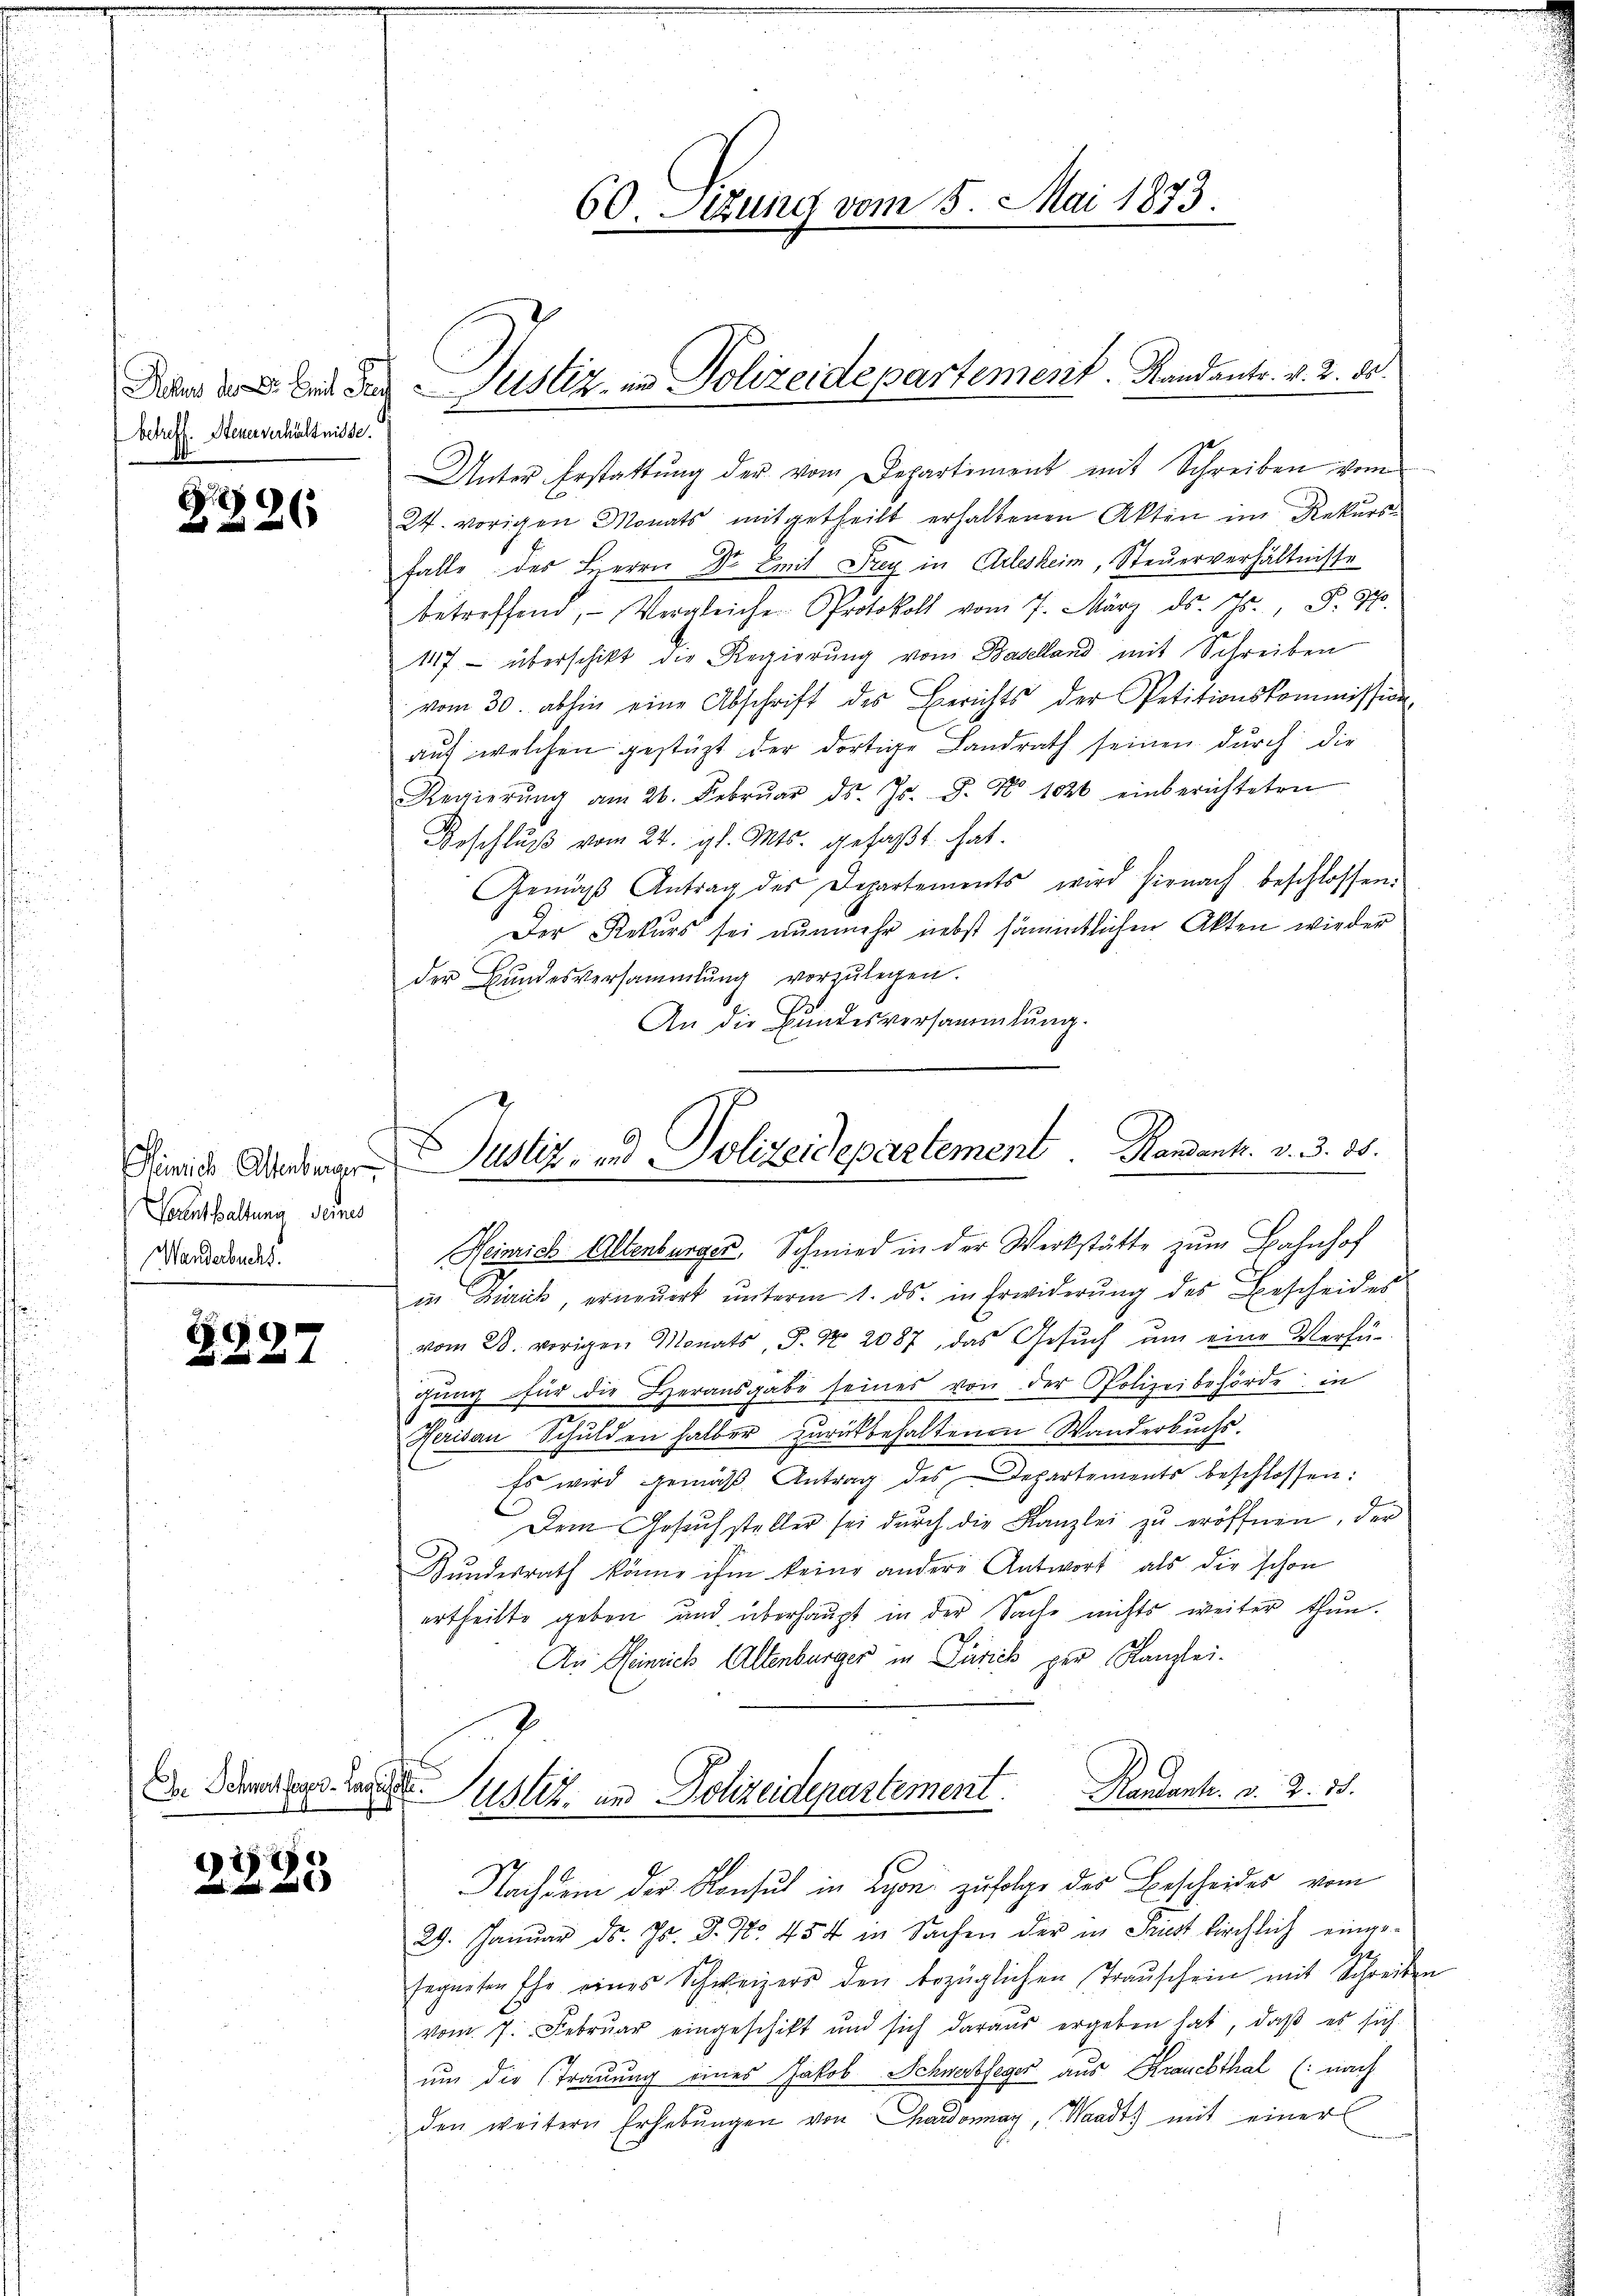
Feber 1. 2. Seit auch
betreff. Steuerverhältnisse.

e
  2

einrich Altenburger
Verenthaltung deres
Wanderbuchs.

2927

Dr Schwert feyer - Tage

17

60. Sizung vom 5. Mai 1873.

Justiz, im Polizeidepartement. Randants. v. 2. ds.

Unter Erstattŭng der vom Departiment mit Schreiben vom
24. vorigen Monats mitgetheilt erhaltenen Akten im Rekursfalle des Herrn Dr. mit Drey in Arlesheim, Steuerverhältnisse
betreffend, Vergleichen Protokoll vom 7. März d. Js. F. S.
117 - überschikt die Regierung von Baselland mit Schreiben
vom 30. abhin eine Abschrift des Berichts der Petitionskommission
aŭf welchen gestüzt der dortige Landrath seinen durch die
Regierŭng am 26. Febrŭar d. Js. P. Nr. 1020 einberichteten
Beschlŭβ vom 24. gl. Mts. gefaßt hat.
Gemäβ Antrag des Departements wird hienach beschlossen:
Der Rekurs sei nunmehr nebst sämmtlichen Akten wieder
der Bundesversammlung vorzulegen.
An die Bundesversammlung.
E
Justiz- und Polizeidepartement. Handank. v. 3. 38.
Heinrich Altenburger, Schmied in der Werkstätte zum Bahnhof
in Zürich, erneŭert ŭnterm 1. ds. in Erwiderŭng des Bescheides
vom 28. vorigen Monats, S. Nr. 2087, das Gesŭch ŭm eine Verfü-
gŭng für die Herausgabe seines von der Polizeibehörde in
Heridau Schulden halber zurückbehaltenen Wanderbuchs.
Es wird gemäß Antrag des Departements beschlossen:
Dem Gesuch steller sei dŭrch die Kanzlei zu eröffnen, der
Bŭndesrath könne ihm keine andere Antwort als die schon
ertheilte geben und überhaupt in der Sache nichts weiter thun.
An Heinrich Altenburger in Zürich per Kanzlei-

Randants. v. 2. 38.
 Puster, in Polizeidepartement.
Nachdem der Konsul in Lyon zufolge der Bescheides vom

29. Januar d. Js. d. No. 454 in Sachen der in Prust kirchlich einge¬
Ge
segneten Ehe eines Schweizers den bezüglichen Traŭschein mit Schreiben
vom 7. Februar eingeschikt und sich daraŭs ergeben hat, daβ es sich
um die Trauung eines Jakob Schwertfeger aus Krauchthal (: nach
den weitern Erhebungen von Chardonnay, Waadt) mit einer